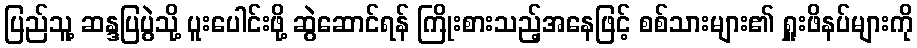
ပြည်သူ့ ဆန္ဒပြပွဲသို့ ပူးပေါင်းဖို့ ဆွဲဆောင်ရန် ကြိုးစားသည့်အနေဖြင့် စစ်သားများ၏ ရှူးဖိနပ်များကို